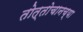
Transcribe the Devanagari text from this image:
तोत्तोचानच्या